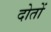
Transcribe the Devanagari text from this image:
दोतों